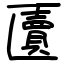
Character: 匵